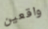
واقعين